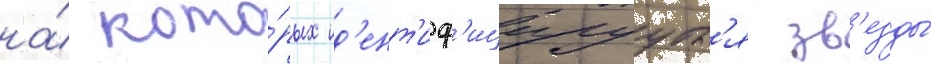
на́ кото́рых ид'ент'иф'ицируутс'я зв'езды́